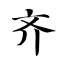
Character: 齐